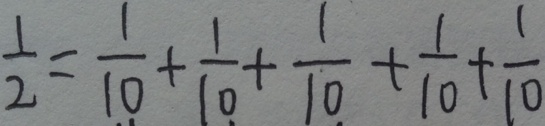
\frac { 1 } { 2 } = \frac { 1 } { 1 0 } + \frac { 1 } { 1 0 } + \frac { 1 } { 1 0 } + \frac { 1 } { 1 0 } + \frac { 1 } { 1 0 }